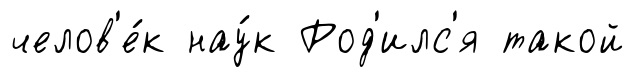
челов'е́к нау́к Род'илс'я такой